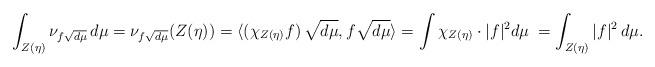
LaTeX: \begin{align*}\int_{Z(\eta)} \nu_{f \sqrt{d\mu}} \, d\mu= \nu_{f \sqrt{d \mu}} (Z(\eta) ) = \langle( {\chi_{Z(\eta)}} f)\,\sqrt{d\mu} , f \sqrt{d \mu} \rangle =\int \chi_{Z(\eta)} \cdot |f|^2 d\mu \; = \int_{Z(\eta)} |f|^2 \, d\mu.\end{align*}